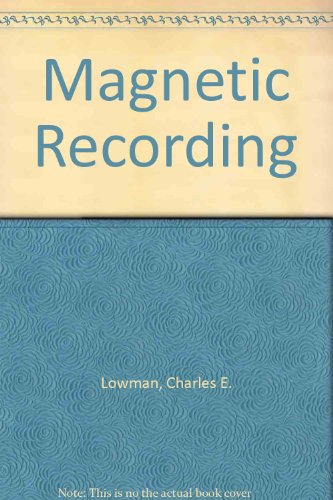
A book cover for Magnetic Recording; Charles E. Lowman; Crafts, Hobbies & Home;